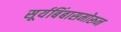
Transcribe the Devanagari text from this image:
सूर्यबिंबासमोरून